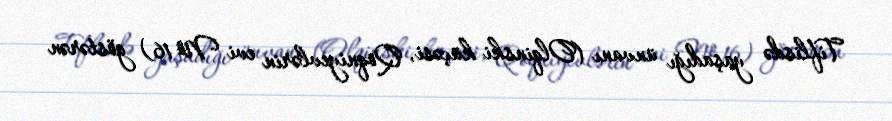
Tiflisdə yaşadığı ünvanı (Olqinski küçəsi, Qoqniyevlərin evi № 16) göstərən